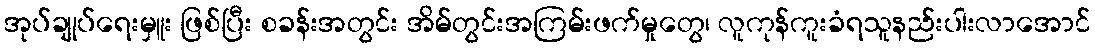
အုပ်ချုပ်ရေးမှူး ဖြစ်ပြီး စခန်းအတွင်း အိမ်တွင်းအကြမ်းဖက်မှုတွေ၊ လူကုန်ကူးခံရသူနည်းပါးလာအောင်